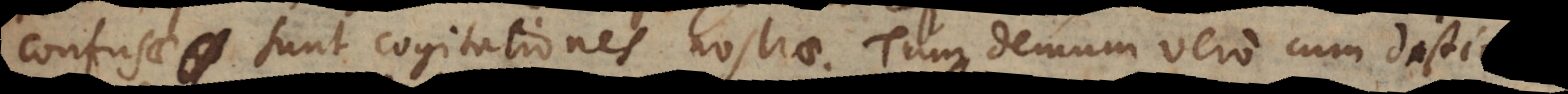
confusae sunt cogitationes nostrae. Tum demum vero distinctae